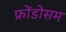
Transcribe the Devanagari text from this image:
फ्रोंडोसम